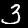
Label: 3